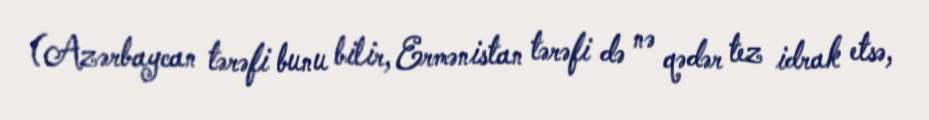
(Azərbaycan tərəfi bunu bilir, Ermənistan tərəfi də nə qədər tez idrak etsə,